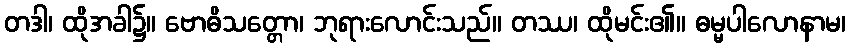
တဒါ၊ ထိုအခါ၌။ ဗောဓိသတ္တော၊ ဘုရားလောင်းသည်။ တဿ၊ ထိုမင်း၏။ ဓမ္မပါလောနာမ၊